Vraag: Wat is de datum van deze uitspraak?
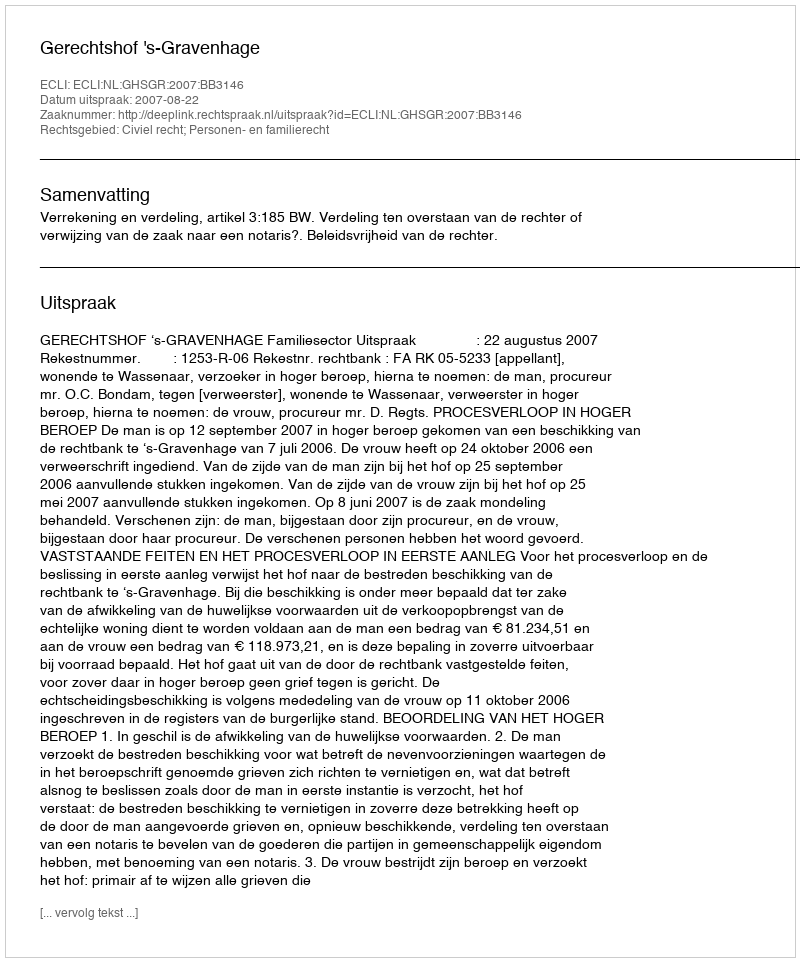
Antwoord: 2007-08-22